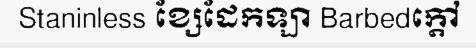
Staninless ខ្សែដែកឡា Barbedក្តៅ